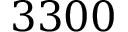
3 3 0 0